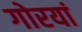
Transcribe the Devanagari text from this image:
गोरयां